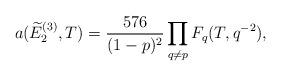
LaTeX: \begin{align*}a(\widetilde E_2^{(3)},T)=\frac{576}{(1-p)^2} \prod_{q \not=p} F_q(T,q^{-2}),\end{align*}